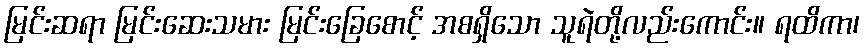
မြင်းဆရာ မြင်းဆေးသမား မြင်းခြေစောင့် အစရှိသော သူရဲတို့လည်းကောင်း။ ရထိကာ၊